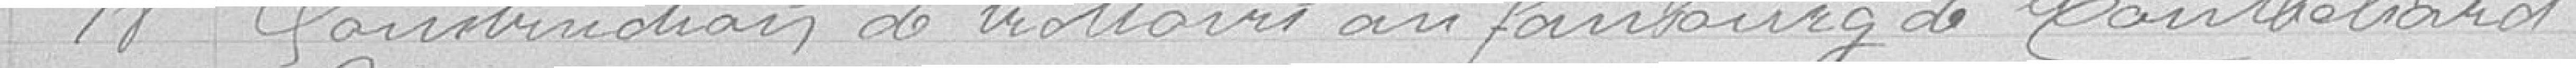
18 construction de trottoirs au faubourg de Montbéliard